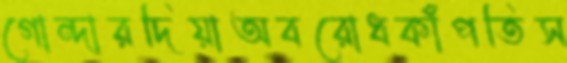
গোন্দারদিয়াঅবরোধকাঁপতিস